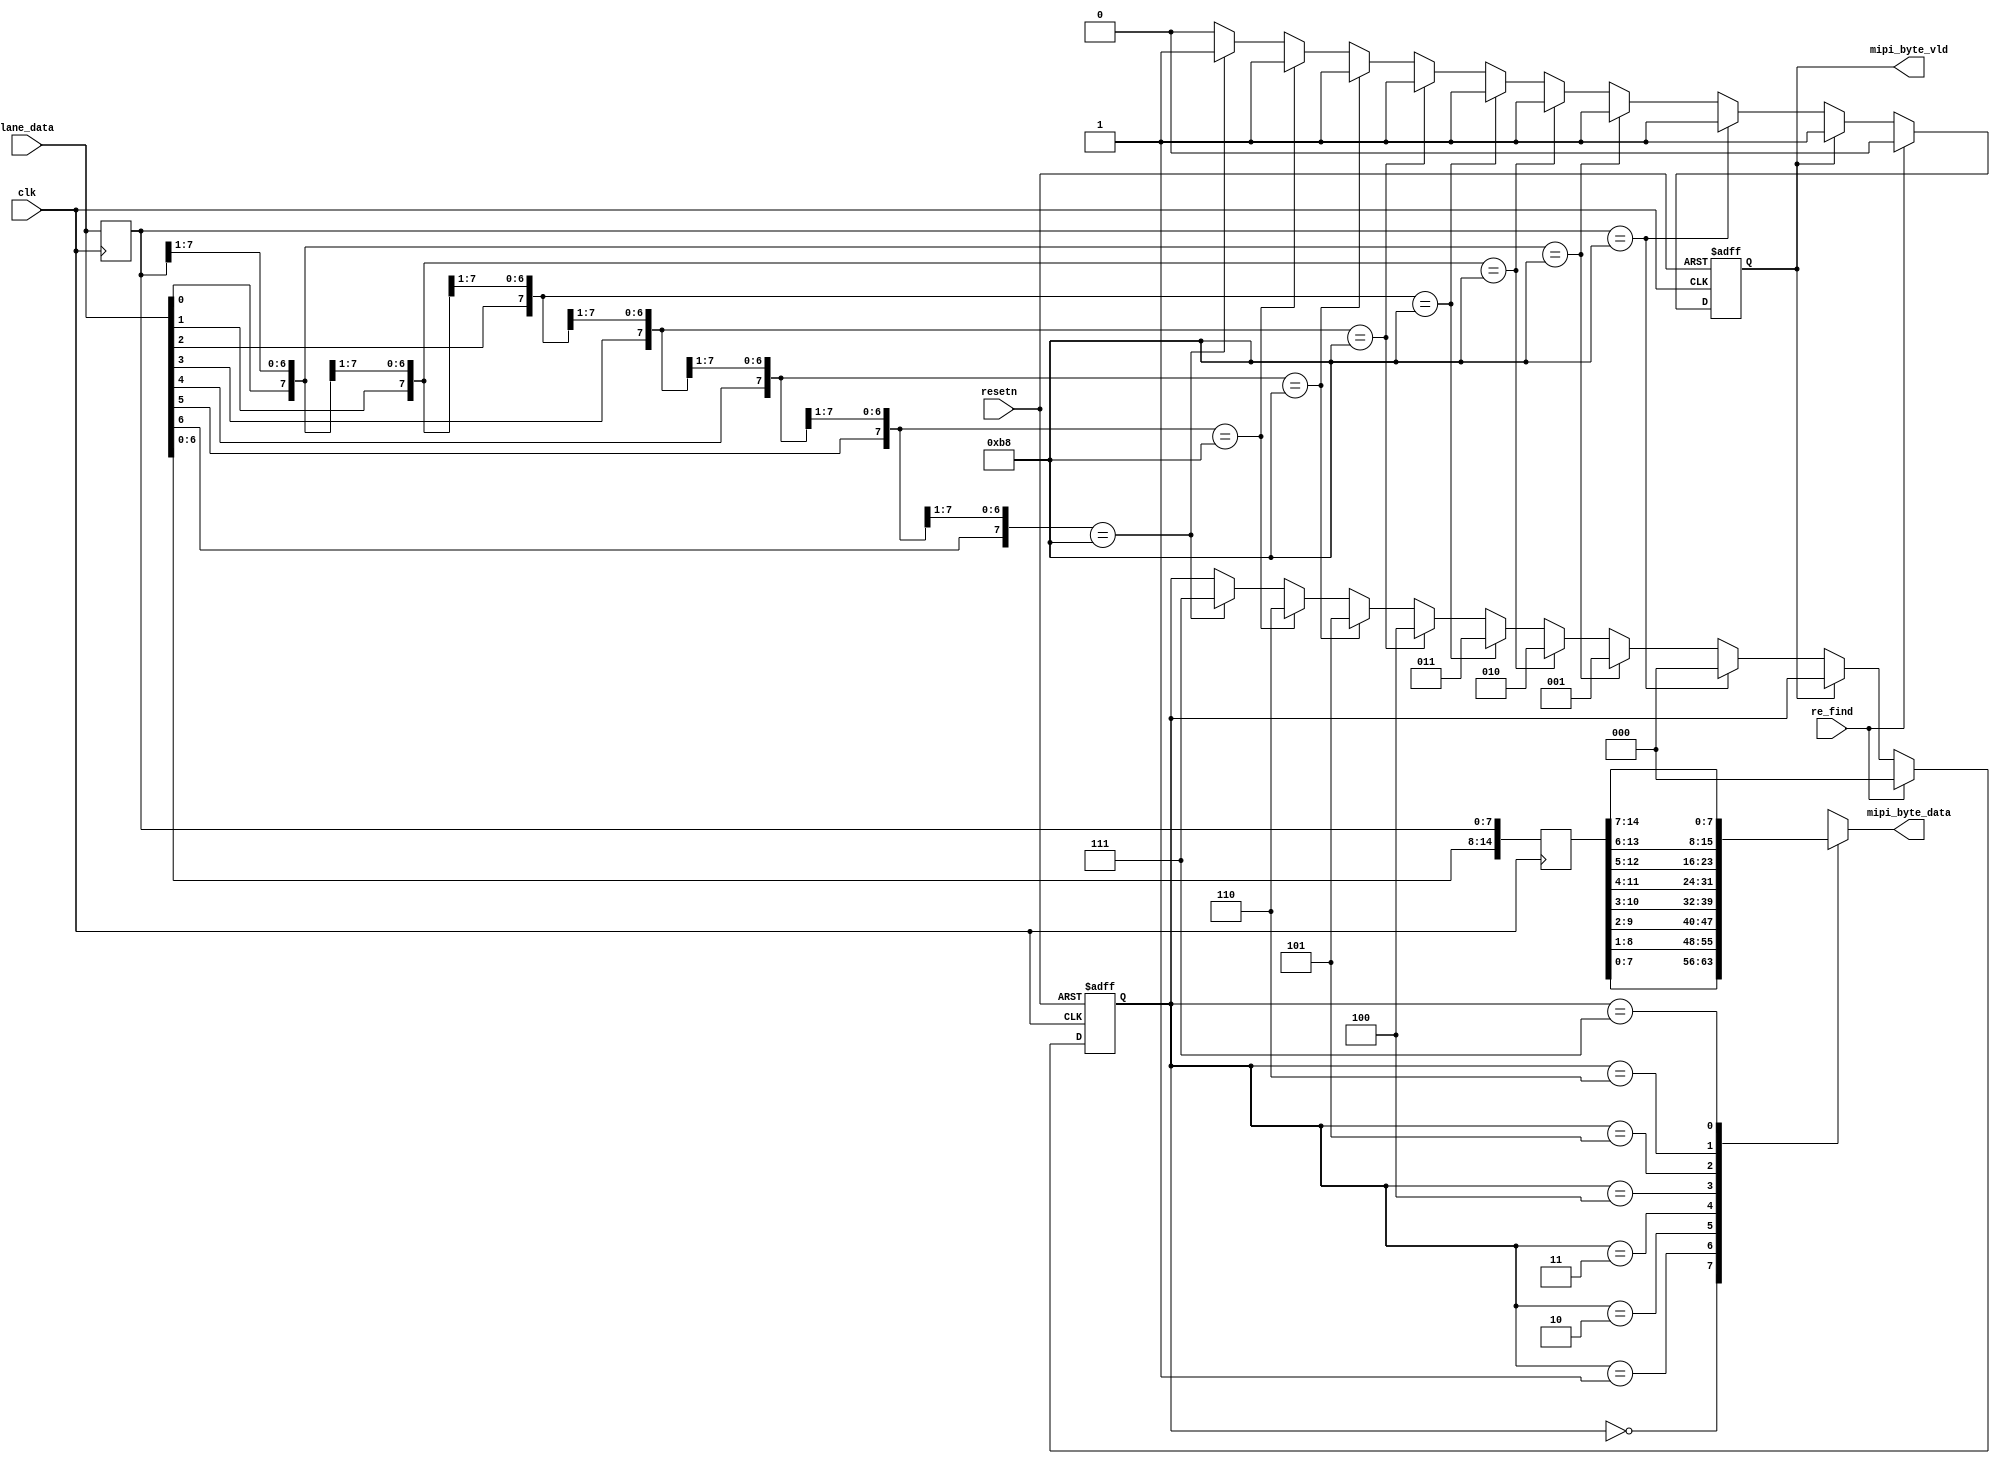
module byte_align(
	input			clk				,
	input			resetn			,
	input	[7:0]	lane_data		,
	output reg[7:0]	mipi_byte_data	,
	output reg		mipi_byte_vld  	,
	input			re_find
);  

//================define==========
localparam SYNC  = 8'hb8;
reg [2:0]	offset;

reg [7:0]	lane_data_r1;


wire [15:0]	data_16bit;
reg [15:0]	data_16bit_r1;

//===================main code=====
always@(posedge clk)begin
	lane_data_r1 <= lane_data;
	data_16bit_r1<= data_16bit;
end

assign data_16bit = {lane_data,lane_data_r1};

always@(posedge clk or negedge resetn)begin
	if(!resetn)begin
		offset <= 'd0;
		mipi_byte_vld <= 1'b0;
	end
	else if(re_find)begin
		offset <= 'd0;
		mipi_byte_vld <= 1'b0;
	end
	else if(mipi_byte_vld == 1'b0)begin
		if(data_16bit[7:0] == SYNC)begin
			offset <= 'd0;
			mipi_byte_vld <= 1'b1;
		end
		else if(data_16bit[8:1] == SYNC)begin
			offset <= 'd1;
			mipi_byte_vld <= 1'b1;
		end
		else if(data_16bit[9:2] == SYNC)begin
			offset <= 'd2;
			mipi_byte_vld <= 1'b1;
		end
		else if(data_16bit[10:3] == SYNC)begin
			offset <= 'd3;
			mipi_byte_vld <= 1'b1;
		end
		else if(data_16bit[11:4] == SYNC)begin
			offset <= 'd4;
			mipi_byte_vld <= 1'b1;
		end
		else if(data_16bit[12:5] == SYNC)begin
			offset <= 'd5;
			mipi_byte_vld <= 1'b1;
		end
		else if(data_16bit[13:6] == SYNC)begin
			offset <= 'd6;
			mipi_byte_vld <= 1'b1;
		end
		else if(data_16bit[14:7] == SYNC)begin
			offset <= 'd7;
			mipi_byte_vld <= 1'b1;
		end
	end
end

//assign mipi_byte_data data_16bit_r1[offset+7:offset];]
always@(*)begin
	case(offset)
		0:	mipi_byte_data = data_16bit_r1[7:0];
		1:	mipi_byte_data = data_16bit_r1[8:1];
		2:	mipi_byte_data = data_16bit_r1[9:2];
		3:	mipi_byte_data = data_16bit_r1[10:3];
		4:	mipi_byte_data = data_16bit_r1[11:4];
		5:	mipi_byte_data = data_16bit_r1[12:5];
		6:	mipi_byte_data = data_16bit_r1[13:6];
		7:	mipi_byte_data = data_16bit_r1[14:7];
		default:	mipi_byte_data = data_16bit_r1[7:0];
	endcase
end

endmodule